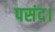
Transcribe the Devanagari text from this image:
पसंद।